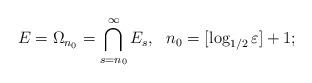
LaTeX: \begin{align*} E=\Omega_{n_0} = \bigcap_{s=n_0}^\infty E_s,\ \ n_0=[\log_{1/2} \varepsilon]+1;\end{align*}